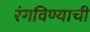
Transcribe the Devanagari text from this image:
रंगविण्याची